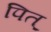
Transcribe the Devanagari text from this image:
पित्‌